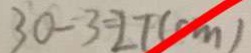
3 0 - 3 = 2 7 ( c m )